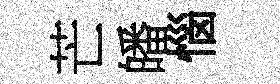
芒皤惱